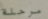
مرحلة